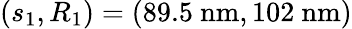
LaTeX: (s_{1},R_{1})=(89.5\ \mathrm{nm},102\ \mathrm{nm})